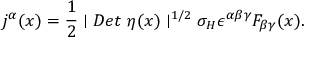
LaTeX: j ^ { \alpha } ( x ) = \frac 1 2 \mid D e t \ \eta ( x ) \mid ^ { 1 / 2 } \sigma _ { H } \epsilon ^ { \alpha \beta \gamma } F _ { \beta \gamma } ( x ) .